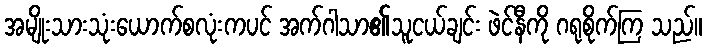
အမျိုးသားသုံးယောက်စလုံးကပင် အက်ဂါသာ၏သူငယ်ချင်း ဖဲင်နီကို ဂရုစိုက်ကြ သည်။